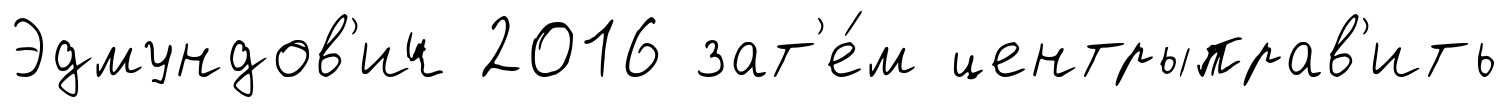
Эдмундов'ич 2016 зат'е́м центрыправ'ить